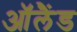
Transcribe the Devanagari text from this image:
ऑलैंड